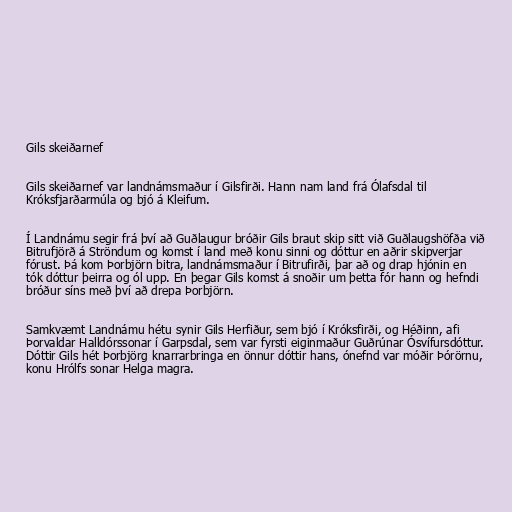
Gils skeiðarnef

Gils skeiðarnef var landnámsmaður í Gilsfirði. Hann nam land frá Ólafsdal til
Króksfjarðarmúla og bjó á Kleifum.

Í Landnámu segir frá því að Guðlaugur bróðir Gils braut skip sitt við Guðlaugshöfða við
Bitrufjörð á Ströndum og komst í land með konu sinni og dóttur en aðrir skipverjar
fórust. Þá kom Þorbjörn bitra, landnámsmaður í Bitrufirði, þar að og drap hjónin en
tók dóttur þeirra og ól upp. En þegar Gils komst á snoðir um þetta fór hann og hefndi
bróður síns með því að drepa Þorbjörn.

Samkvæmt Landnámu hétu synir Gils Herfiður, sem bjó í Króksfirði, og Héðinn, afi
Þorvaldar Halldórssonar í Garpsdal, sem var fyrsti eiginmaður Guðrúnar Ósvífursdóttur.
Dóttir Gils hét Þorbjörg knarrarbringa en önnur dóttir hans, ónefnd var móðir Þórörnu,
konu Hrólfs sonar Helga magra.